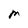
Character: m